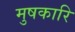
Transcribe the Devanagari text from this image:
मुषकारि